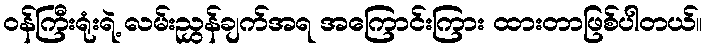
ဝန်ကြီးရုံးရဲ့ လမ်းညွှန်ချက်အရ အကြောင်းကြား ထားတာဖြစ်ပါတယ်။